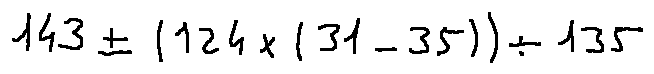
1 4 3 \pm ( 1 2 4 \times ( 3 1 - 3 5 ) ) \div 1 3 5